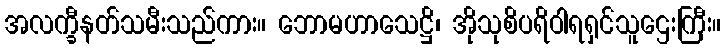
အလက္ခီနတ်သမီးသည်ကား။ ဘောမဟာသေဋ္ဌိ၊ အိုသုစိပရိဝါရရှင်သူဌေးကြီး။